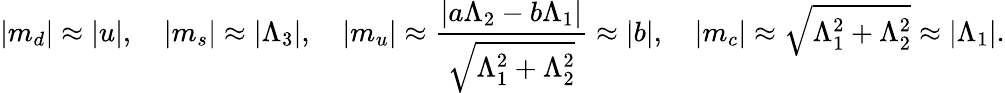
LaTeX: \vert m_{d}\vert\approx\vert u\vert,\quad\vert m_{s}\vert\approx\vert\Lambda_{3}\vert,\quad\vert m_{u}\vert\approx\frac{\vert a\Lambda_{2}-b\Lambda_{1}\vert}{\sqrt{\Lambda_{1}^{2}+\Lambda_{2}^{2}}}\approx\vert b\vert,\quad\vert m_{c}\vert\approx\sqrt{\Lambda_{1}^{2}+\Lambda_{2}^{2}}\approx\vert\Lambda_{1}\vert.